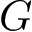
G